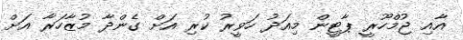
އާއި ޖުމްހޫރީ ޕާޓީން މިއަދު ހަވީރު ކުރި އަށް ގެންދާ މުޒާހަރާ އަށް